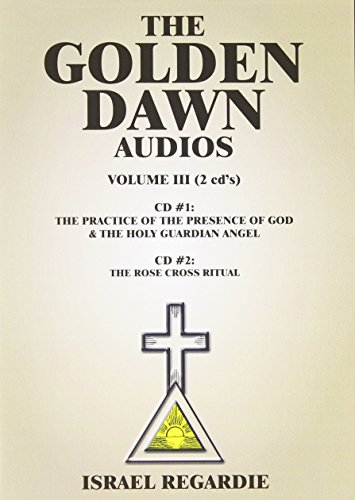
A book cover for The Golden Dawn Audio CDs: Volume 3; Israel Regardie; Religion & Spirituality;